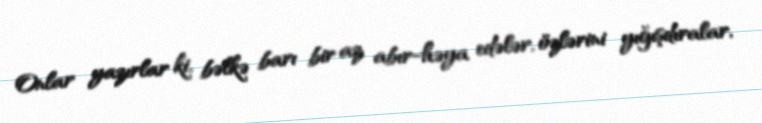
Onlar yazırlar ki, bəlkə barı bir az abır-həya edələr, özlərini yığışdıralar,